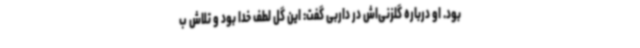
بود. او درباره گلزنی‌اش در داربی گفت: این گل لطف خدا بود و تلاش ب